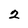
Character: 2